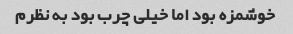
خوشمزه بود اما خیلی چرب بود به نظرم